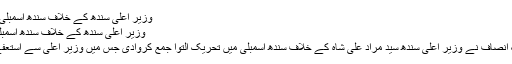
وزیر اعلیٰ سندھ کے خلاف سندھ اسمبلی میں تحریک التوا جمع -
وزیر اعلیٰ سندھ کے خلاف سندھ اسمبلی میں تحریک التوا جمع
﻿کراچی: پاکستان تحریک انصاف نے وزیر اعلیٰ سندھ سید مراد علی شاہ کے خلاف سندھ اسمبلی میں تحریک التوا جمع کروادی جس میں وزیر اعلیٰ سے استعفے کا مطالبہ کیا گیا ہے۔